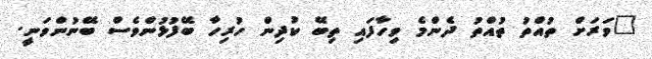
"ވަރަށް ތުއްތު ތުއްތު ދެންމެ ވިހާފައި ތިބޭ ކުދިން ހުރިހާ ބޭފުޅުންވެސް ބޭނުންވަނީ.